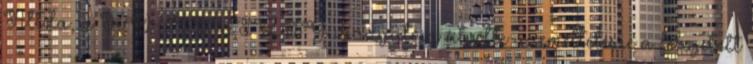
Attila, a KÖ- TIVIZIG igazgatója átvette üzemeltetésre a felújított